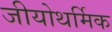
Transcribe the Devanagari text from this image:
जीयोथर्मिक